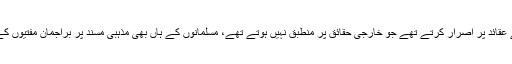
اس میں بھی کوئی شک نہیں کہ جیسے اہل کلیسا بعض ایسے عقائد پر اصرار کرتے تھے جو خارجی حقائق پر منطبق نہیں ہوتے تھے، مسلمانوں کے ہاں بھی مذہبی مسند پر براجمان مفتیوں کے بہت سے فتاویٰ خارجی حقائق کا منہ چڑا رہے ہوتے ہیں۔